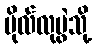
ဗိုလ်လုပွဲသို့